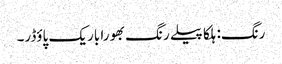
رنگ: ہلکا پیلے رنگ بھورا باریک پاؤڈر۔